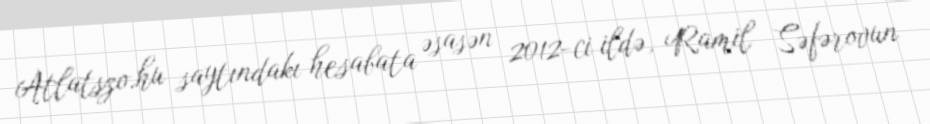
Atlatszo.hu saytındakı hesabata əsasən 2012-ci ildə, Ramil Səfərovun